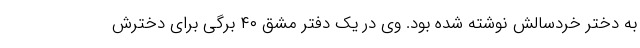
به دختر خردسالش نوشته شده بود. وی در یک دفتر مشق ۴۰ برگی برای دخترش